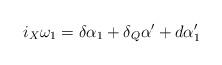
LaTeX: \begin{align*}i_X\omega_1=\delta\alpha_1+\delta_Q\alpha'+d\alpha'_1\end{align*}